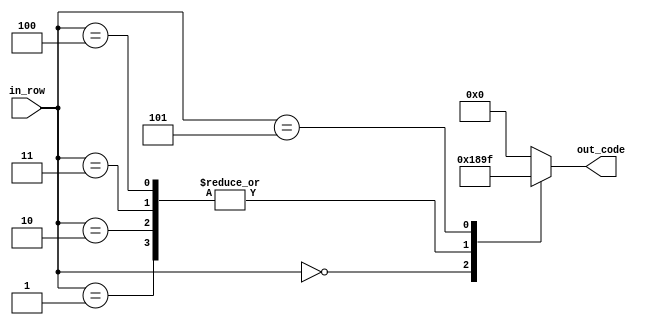
module num_1(
	 input [2:0] in_row,
    output reg [4:0] out_code
    );

parameter [4:0] d_0 = 5'b00110; //   XX
parameter [4:0] d_1 = 5'b00100; //   X  
parameter [4:0] d_2 = 5'b11111; // XXXXX


always @ *
begin
	case (in_row)
		3'b000:
			out_code = d_0;
		3'b001:
			out_code = d_1;
		3'b010:
			out_code = d_1;
		3'b011:
			out_code = d_1;
		3'b100:
			out_code = d_1;
		3'b101:
			out_code = d_2;
		default:
			out_code = 5'b0;
	endcase
end


endmodule